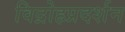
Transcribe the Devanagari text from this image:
विद्रोहप्रदर्शन